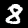
Label: 8